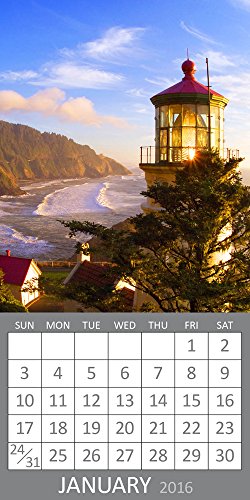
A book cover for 2016 Lighthouses Magnetic Calendar; TF Publishing; Calendars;